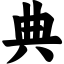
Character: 典